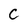
Character: C